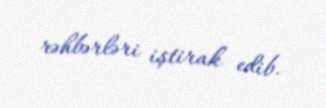
rəhbərləri iştirak edib.